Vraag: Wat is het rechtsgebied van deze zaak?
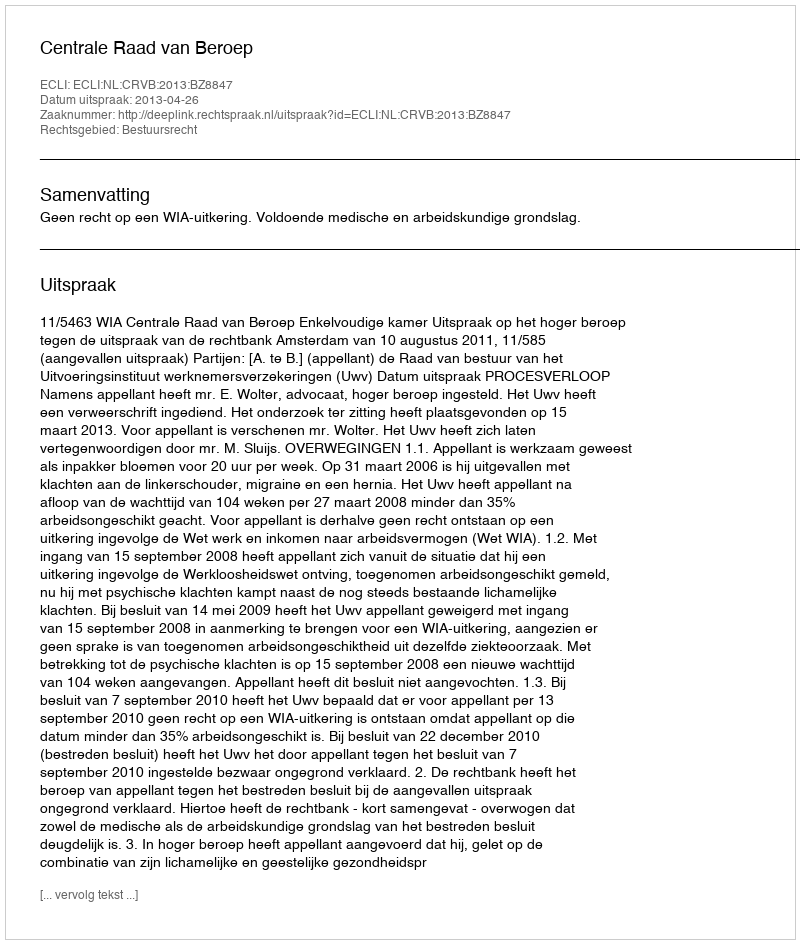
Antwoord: Bestuursrecht